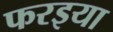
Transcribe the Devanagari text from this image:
फरइया